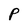
Character: P